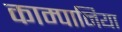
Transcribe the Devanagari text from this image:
काम्पानिया